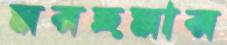
মরহুমার